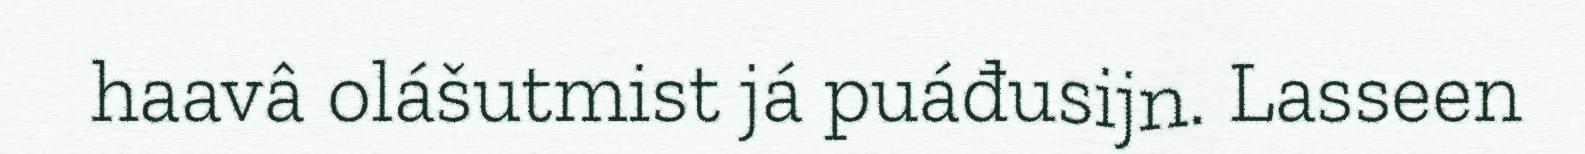
haavâ olášutmist já puáđusijn. Lasseen